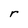
Character: r